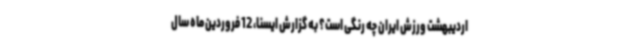
اردیبهشت ورزش ایران چه رنگی است؟ به گزارش ایسنا، 12 فروردین ماه سال